Civil Veterinary Department Bengal reports 1923-33 - 1923-1933
Year: 1923
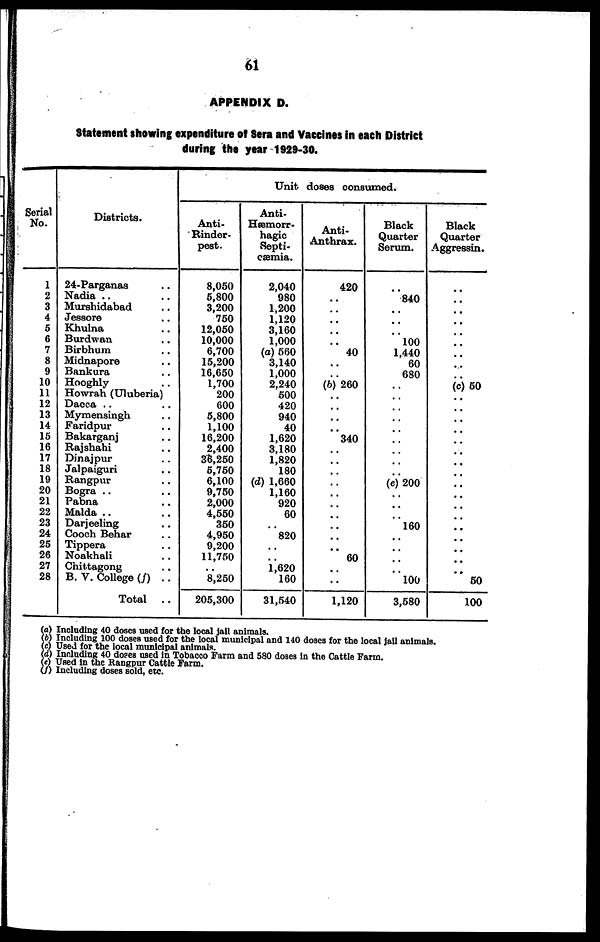
61
APPENDIX D.
Statement showing expenditure of Sera and Vaccines in each District
during the year 1929-30.
Serial
No.
1
2
3
4
5
6
7
8
9
10
11
12
13
14
15
16
17
18
19
20
21
22
23
24
25
26
27
28
Districts.
24-Parganas
Nadia .. ..
Murshidabad ..
Jessore ..
Khulna ..
Burdwan ..
Birbhum ..
Midnapore ..
Bankura ..
Hooghly ..
Howrah (Uluberia)
Dacca
Mymensingh ..
Faridpur ..
Bakarganj ..
Rajshahi ..
Dinajpur ..
Jalpaiguri ..
Rangpur ..
Bogra .. ..
Pabna ..
Malda .. ..
Darjeeling ..
Cooch Behar ..
Tippera ..
Noakhali ..
Chittagong ..
B. V. College (f)
..
Total
..
Anti¬
Rinder¬
post.
8,050
5,800
3,200
750
12,050
10,000
6,700
15,200
16,650
1,700
200
600
5,800
1,100
16,200
2,400
36,250
5,750
6,100
9,750
2,000
4,550
350
4,950
9,200
11,750
8,250
205,300
Unit doses consumed.
Anti¬
Hæmorr¬
hagic
Septi-
cæmia.
2,040
980
1,200
1,120
3,160
1,000
(a) 560
3,140
1,000
2,240
500
420
940
40
1,620
3,180
1,820
180
(d) 1,660
1,160
920
60
820
1,620
160
31,540
Anti¬
Anthrax.
420
..
..
..
..
..
40
..
..
(b) 260
..
..
..
..
340
..
..
..
..
..
..
..
..
..
..
60
..
..
1,120
Black
Quarter
Serum.
..
840
..
..
..
100
1,440
60
680
..
..
..
..
..
..
..
..
..
(c) 200
..
..
..
160
..
..
..
..
100
3,580
Black
Quarter
Aggressin.
..
..
..
..
..
..
..
..
..
(c) 50
..
..
..
..
..
..
..
..
..
..
..
..
..
..
..
..
..
50
100
(a) Including 40 doses used for the local jail animals.
(b) Including 100 doses used for the local municipal and 140 doses for the local jail animals.
(c) Used for the local municipal animals.
(d) Including 40 doses used in Tobacco Farm and 580 doses in the Cattle Farm.
(e) Used in the Rangpur Cattle Farm.
(f) Including doses sold, etc.